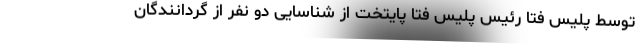
توسط پلیس فتا رئیس پلیس فتا پایتخت از شناسایی دو نفر از گردانندگان